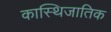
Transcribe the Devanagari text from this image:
कास्थिजातिक